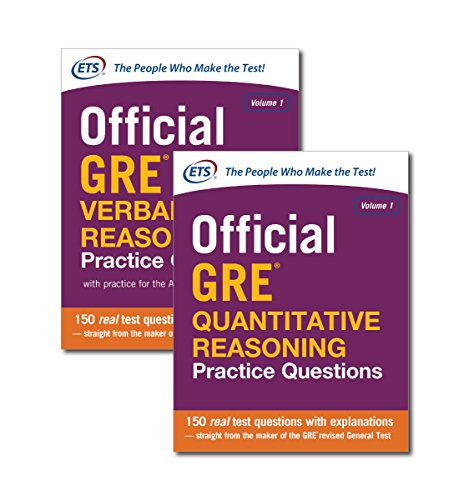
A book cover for Official GRE Value Combo; Educational Testing Service; Test Preparation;